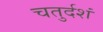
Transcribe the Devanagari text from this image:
चतुर्दशं